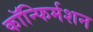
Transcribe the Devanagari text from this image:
कॉन्फिर्मशन